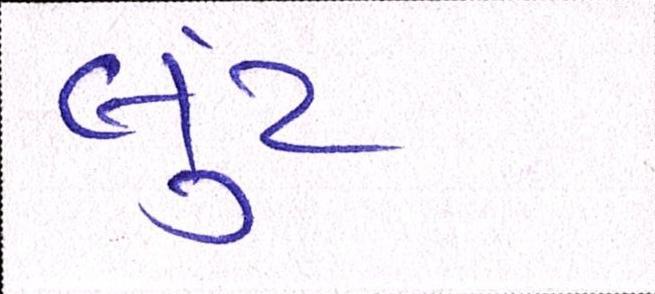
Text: લુંટ